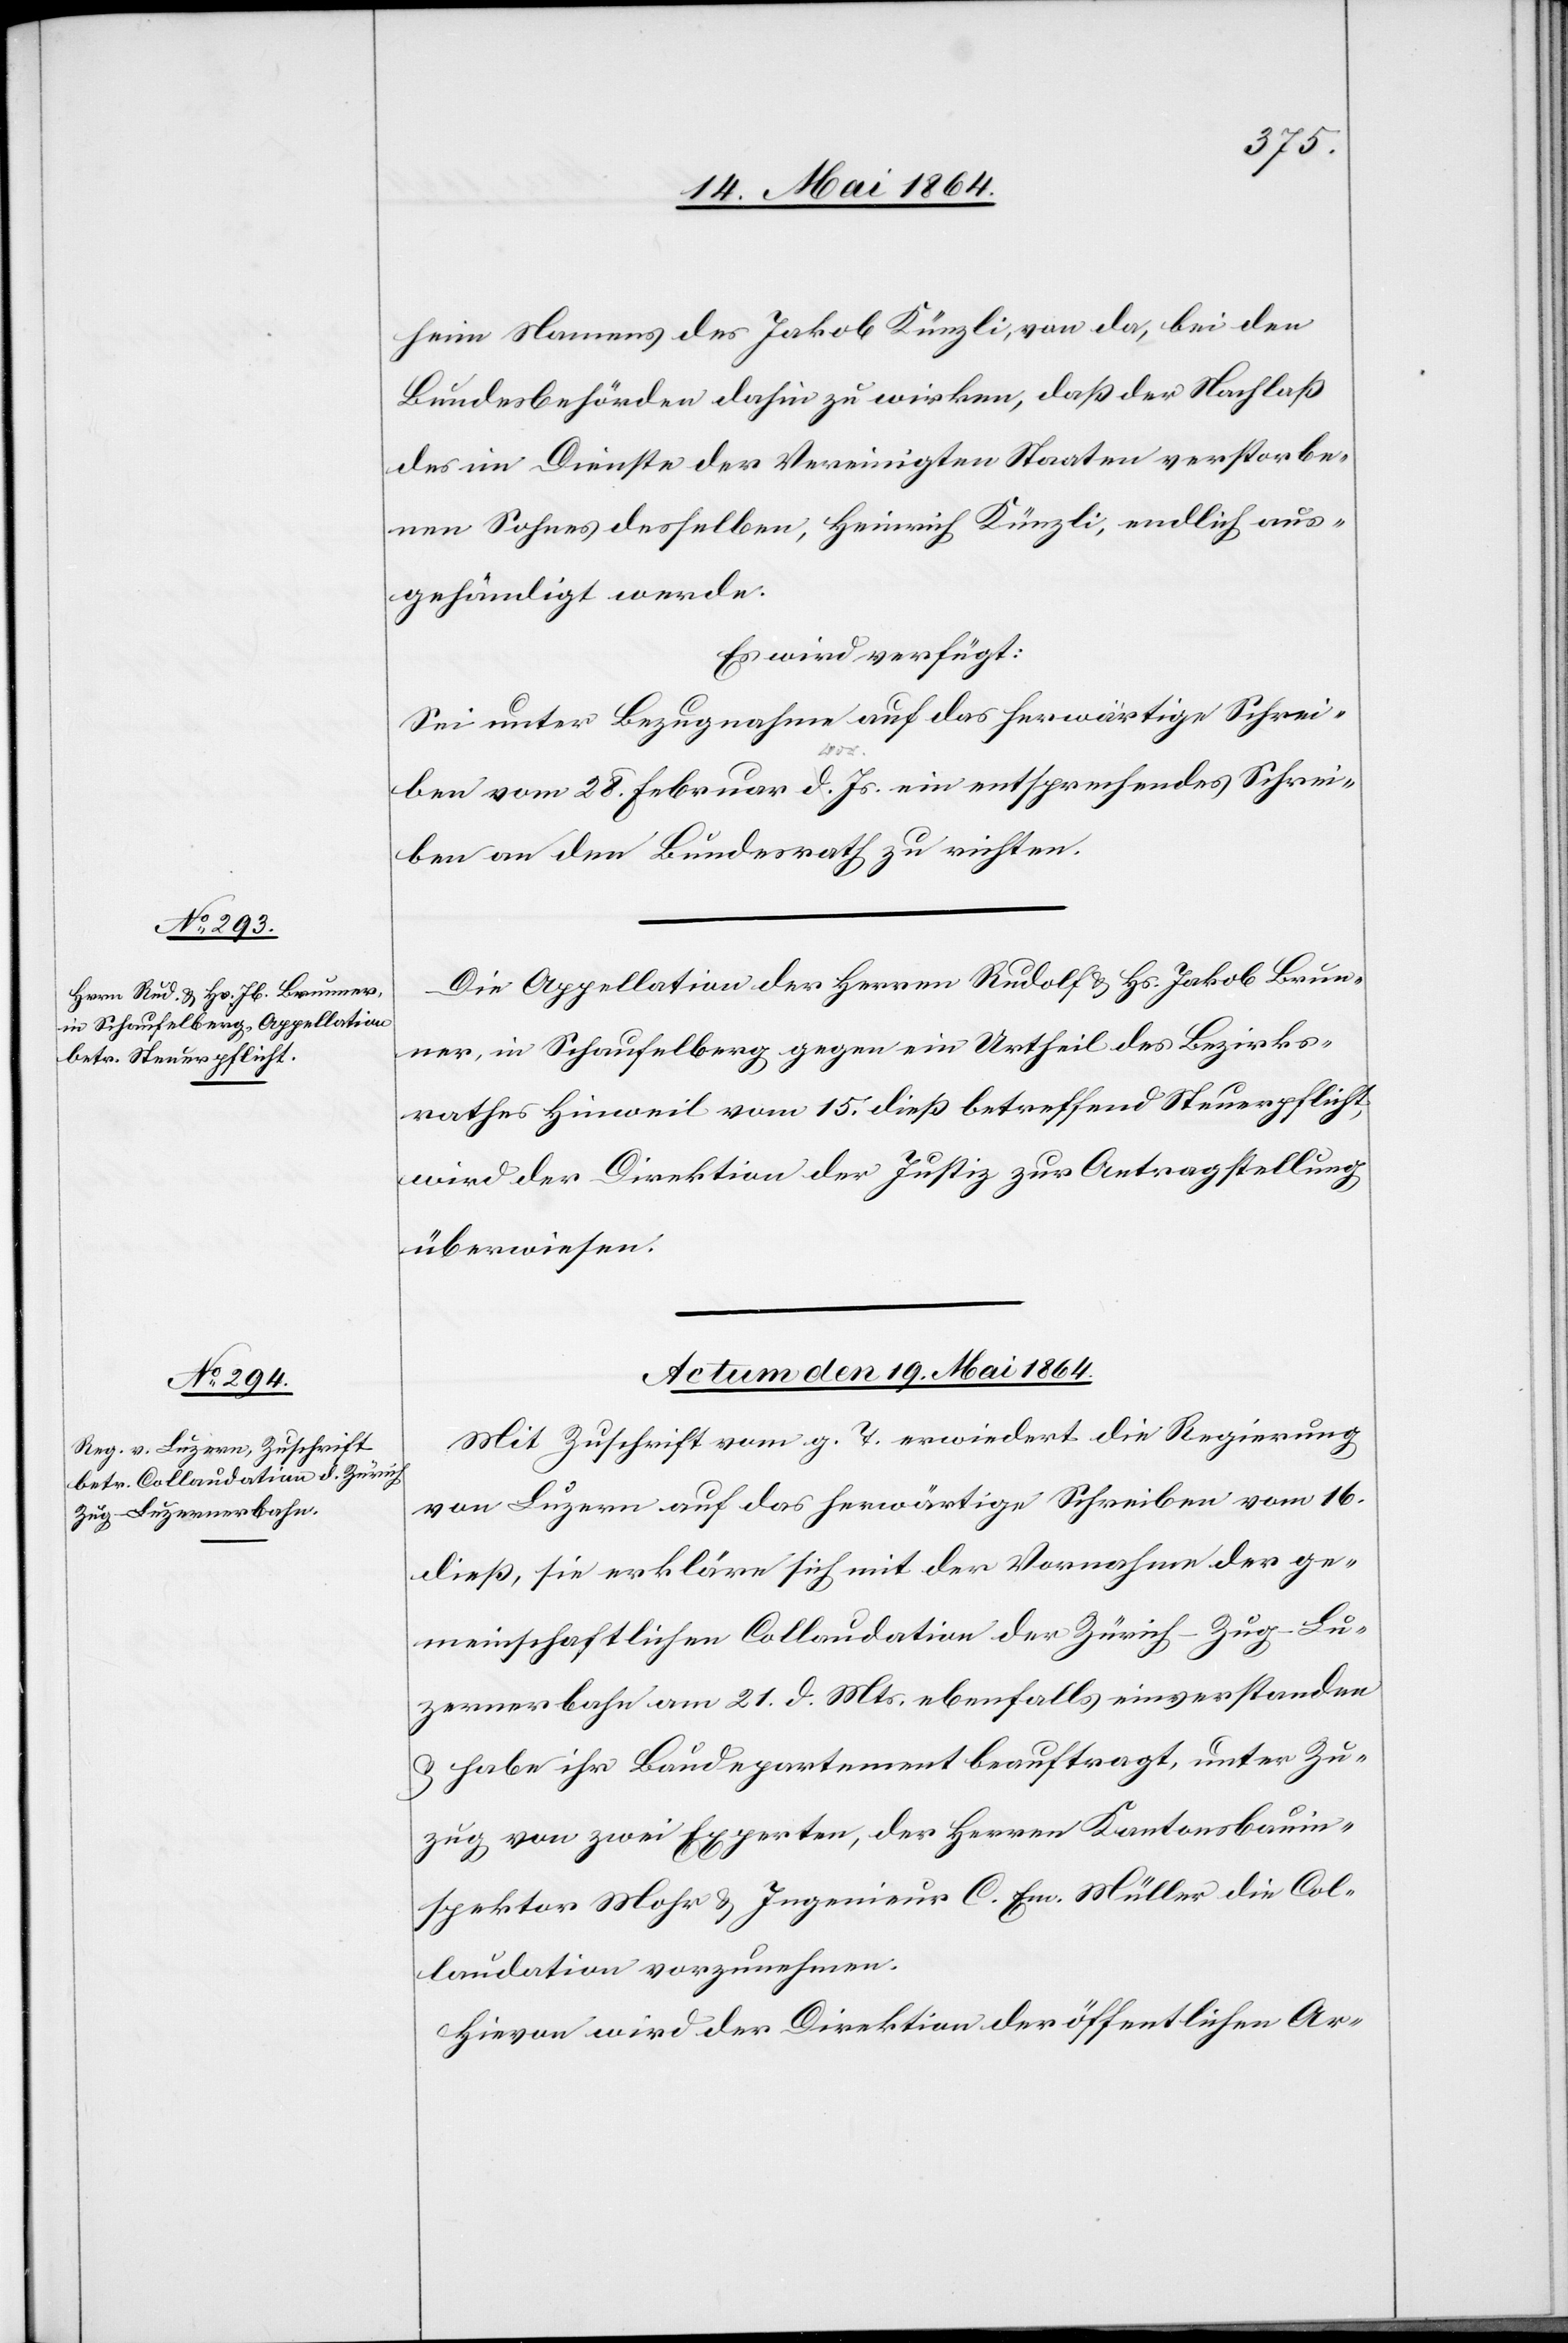
heim Namens des Jakob Künzli, von da, bei den
Bundesbehörden dahin zu wirken, daß der Nachlaß
des im Dienste der Vereinigten Staaten verstorbe¬
nen Sohnes desselben, Heinrich Künzli, endlich aus¬
gehändigt werde.
Es wird verfügt:
Sei unter Bezugnahme auf das herwärtige Schrei¬
ben vom 28. Februar d. Js. ein entsprechendes Schrei¬
ben an den Bundesrath zu richten.
Die Appellation der Herren Rudolf u. Hs. Jakob Brun¬
ner, in Schaufelberg gegen ein Urtheil des Bezirks¬
rathes Hinweil vom 15. dieß betreffend Steuerpflicht,
wird der Direktion der Justiz zur Antragstellung
überwiesen.
Actum den 19. Mai 1864.
Mit Zuschrift vom g. T. erwiedert die Regierung
von Luzern auf das herwärtige Schreiben vom 16.
dieß, sie erkläre sich mit der Vornahme der ge¬
meinschaftlichen Collaudation der Zürich–Zug–Lu¬
zernerbahn am 21. d. Mts. ebenfalls einverstanden
u. habe ihr Baudepartement beauftragt, unter Zu¬
zug von zwei Experten, der Herren Kantonsbauin¬
spektor Mohr u. Ingenieur C. Em. Müller die Col¬
laudation vorzunehmen.
Hievon wird der Direktion der öffentlichen Ar-